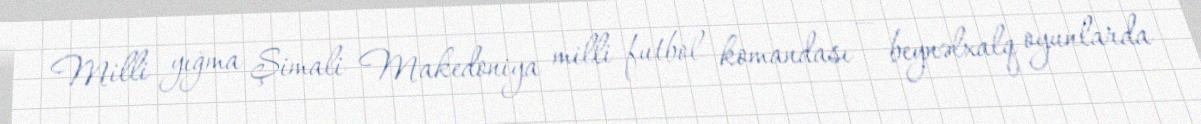
Milli yığma Şimali Makedoniya milli futbol komandası — beynəlxalq oyunlarda